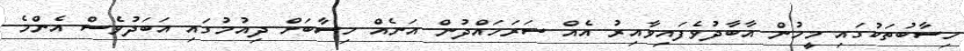
ހިސާބުތަކުގައި މީހުން އާބާދުވެފައިވާއިރު އެއް ސަރަހައްދުން އަނެއް ހިސާބަށް ދިއުމުގައި އަބަދުވެސް އެންމެ